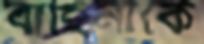
বাহিনীকে